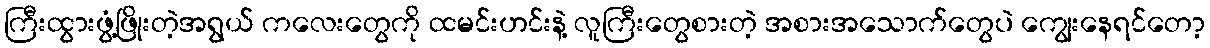
ကြီးထွားဖွံ့ဖြိုးတဲ့အရွယ် ကလေးတွေကို ထမင်းဟင်းနဲ့ လူကြီးတွေစားတဲ့ အစားအသောက်တွေပဲ ကျွေးနေရင်တော့